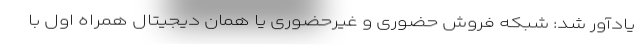
یادآور شد: شبکه فروش حضوری و غیرحضوری یا همان دیجیتالِ همراه اول با